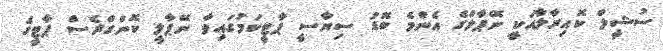
ސުޝީލް ކޮއިރާލާއަކީ ނޭޕާލްގެ އެންމެ ބޮޑު ސިޔާސީ ޕާޓީކަމުގައިވާ ނޭޕާލީ ކޮންގްރެސް ޕާޓީގެ